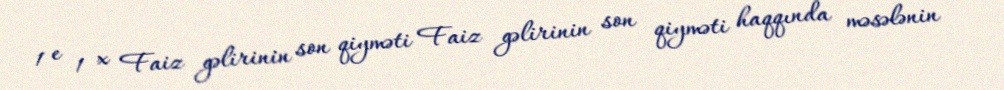
1 e 1 x Faiz gəlirinin son qiyməti Faiz gəlirinin son qiyməti haqqında məsələnin